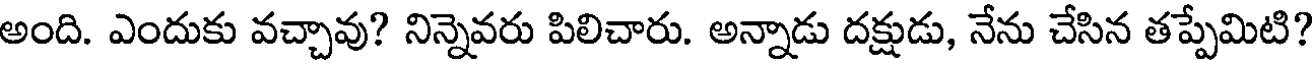
అంది. ఎందుకు వచ్చావు? నిన్నెవరు పిలిచారు. అన్నాడు దక్షుడు, నేను చేసిన తప్పేమిటి?